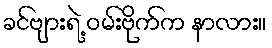
ခင်ဗျားရဲ့ ဝမ်းဗိုက်က နာလား။